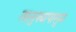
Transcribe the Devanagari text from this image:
तालुक्यापासुन